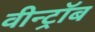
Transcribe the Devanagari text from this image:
वीन्ट्रॉब